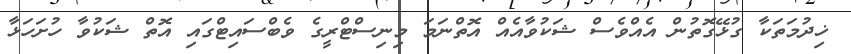
ޚިދުމަތަކާ ގުޅޭގޮތުން އެއްވެސް ޝަކުވާއެއް އޮތްނަމަ މިނިސްޓްރީގެ ވެބްސައިޓްގައި އޮތް ޝަކުވާ ހުށަހަޅާ